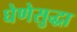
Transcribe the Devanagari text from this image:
घेणेसुद्धा